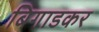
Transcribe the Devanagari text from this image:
बिगाडकर